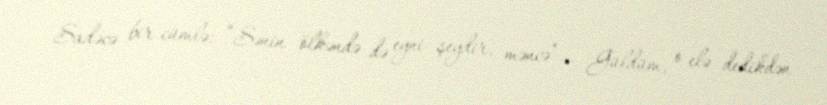
Sadəcə bir cümlə: “Sənin ölkəndə də eyni şeydir, məncə”… Güldüm, o elə dedikdən